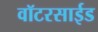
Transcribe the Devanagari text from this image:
वॉटरसाईड